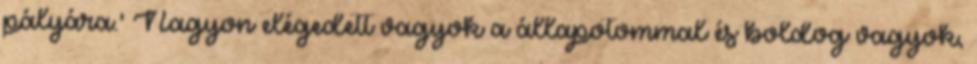
pályára.' Nagyon elégedett vagyok a állapotommal és boldog vagyok,